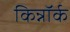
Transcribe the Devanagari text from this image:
किन्नॉर्क